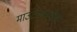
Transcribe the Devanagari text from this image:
माउंटन्समधील